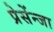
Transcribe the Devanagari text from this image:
प्रेसेंन्जा